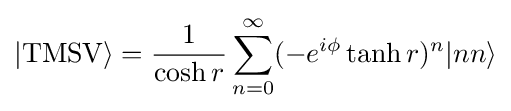
|{\text{TMSV}}\rangle ={\frac {1}{\cosh r}}\sum _{n=0}^{\infty }(-e^{i\phi }\tanh r)^{n}|nn\rangle